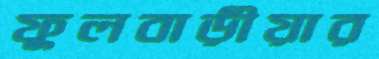
ফুলবাড়ীয়ার